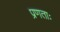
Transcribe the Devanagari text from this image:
प्रणताः